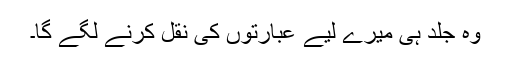
وہ جلد ہی میرے لیے عبارتوں کی نقل کرنے لگے گا۔